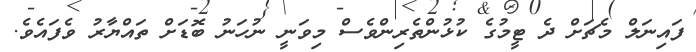
ފައިނަލް މެޗަށް ދެ ޓީމުގެ ކުޅުންތެރިންވެސް މިވަނީ ނުހަނު ބޮޑަށް ތައްޔާރު ވެފައެވެ.